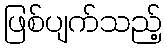
ဖြစ်ပျက်သည့်